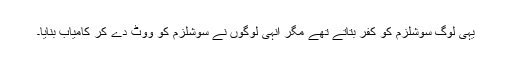
یہی لوگ سوشلزم کو کفر بتاتے تھے مگر انہی لوگوں نے سوشلزم کو ووٹ دے کر کامیاب بنایا۔